Assam Mental Hospital (Tezpur, India) - 1933-1948
Year: 1933
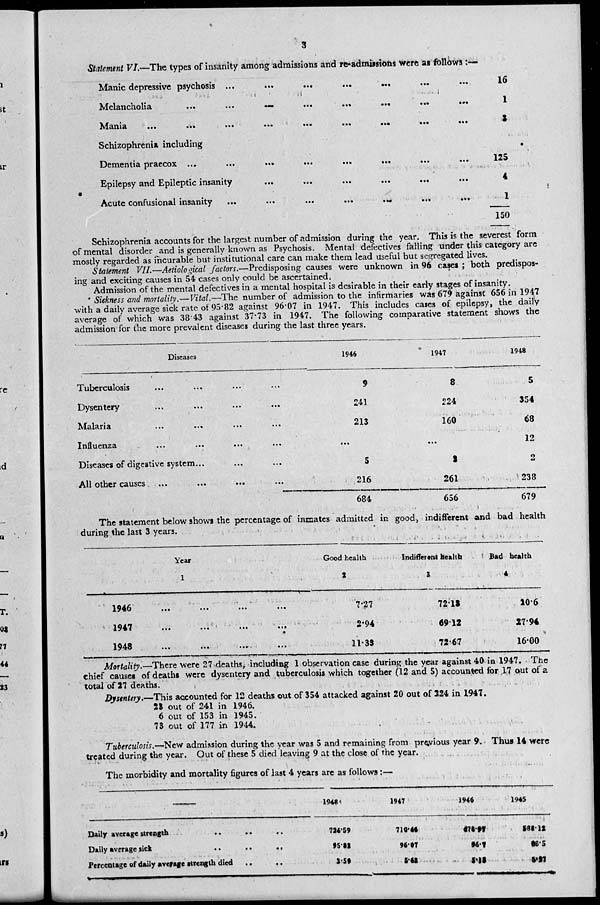
3
Statement VI.—The types of insanity among admissions and re admissions were as follows:—
Manic depressive psychosis ...
...
...
... ... ... ...
Melancholia
...
...
...
...
...
...
...
...
Mania
...
...
...
...
...
...
...
...
Schizophrenia including
Dementia praecox ...
...
...
...
...
...
...
...
Epilepsy and Epileptic insanity
...
...
...
...
... ...
Acute confusional insanity
...
...
...
...
...
...
...
16
1
3
125
4
1
150
Schizophrenia accounts for the largest number of admission during the year. This is the severest form
of mental disorder and is generally known as Psychosis. Mental defectives falling under this category are
mostly regarded as incurable but institutional care can make them lead useful but segregated lives.
Statement VII.—Aetiological factors.—Predisposing causes were unknown in 96 cases ; both predispos-
ing and exciting causes in 54 cases only could be ascertained.
Admission of the mental defectives in a mental hospital is desirable in their early stages of insanity.
Sickness and mortality.—Vital.—The number of admission to the infirmaries was 679 against 656 in 1947
with a daily average sick rate of 95.82 against 96.07 in 1947. This includes cases of epilepsy, the daily
average of which was 38 43 against 37.73 in 1947. The following comparative statement shows the
admission for the more prevalent diseases during the last three years.
Diseases
Tuberculosis ... ... ... ...
Dysentery ... ... ... ...
Malaria
...
... ... ...
Influenza
...
...
...
...
Diseases of digestive system... ... ...
All other causes ...
...
... ...
1946
9
241
213
...
5
216
684
1947
8
224
160
...
3
261
656
1948
5
354
68
12
2
238
679
The statement below shows the percentage of inmates admitted in good, indifferent and bad health
during the last 3 years.
Year
1
1946
...
...
...
...
1947
...
...
...
...
1948
...
...
...
...
Good health
2
7.27
2.94
11.33
Indifferent health
3
72.13
69.12
72.67
Bad health
4
20.6
27.94
16.00
Mortality.—There were 27 deaths, including 1 observation case during the year against 40 in 1947. The
chief causes of deaths were dysentery and tuberculosis which together (12 and 5) accounted for 17 out of a
total of 27 deaths.
Dysentery.—This accounted for 12 deaths out of 354 attacked against 20 out of 224 in 1947.
23 out of 241 in 1946.
6 out of 153 in 1945.
73 out of 177 in 1944.
Tuberculosis.—New admission during the year was 5 and remaining from previous year 9. Thus 14 were
treated during the year. Out of these 5 died leaving 9 at the close of the year.
The morbidity and mortality figures of last 4 years are as follows:—
Daily average
strength
..
.. ..
Daily average
sick
..
..
..
Percentage of daily average strength died
..
..
1948
724.59
95.32
3.59
1947
710.46
95.07
5.62
1946
678.97
56.7
5.12
1945
588.13
98.5
5.27